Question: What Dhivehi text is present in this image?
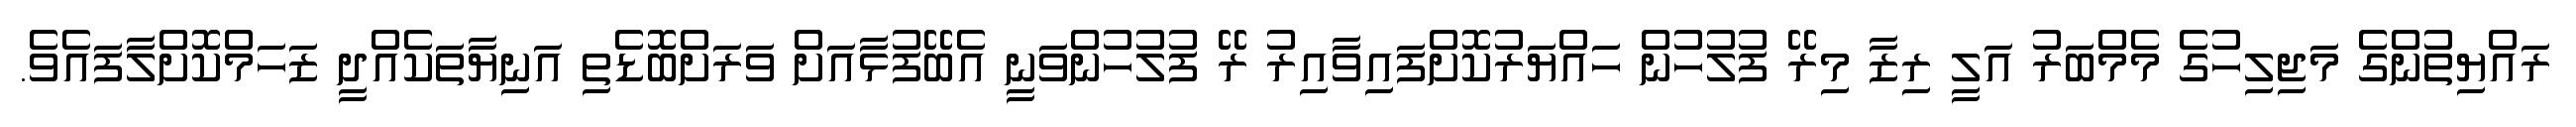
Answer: ރައްޔިތުންގެ މަޖިލިހުގެ މެމްބަރު އަލީ ރިޒާ މިރޭ ފުލުހުން ހައްޔަރުކޮށްފައިވާއިރު ރޭ ފުލުހުންވަނީ އެބޭފުޅާއަށް ވަރަށްބޮޑެތި އަނިޔާތަކެއްދީ ޒަހަމްކޮށްލާފައެވެ.